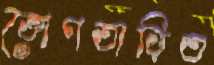
ভোগতাড়িত